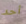
أحد